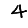
Digit: 4